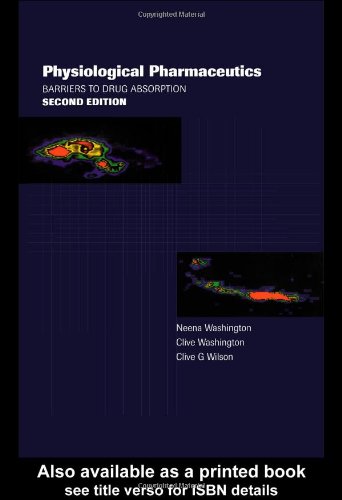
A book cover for Physiological Pharmaceutics: Barriers to Drug Absorption (Taylor & Francis Series in Pharmaceutical Sciences); Neena Washington; Medical Books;